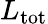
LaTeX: L_{\mathrm{tot}}